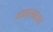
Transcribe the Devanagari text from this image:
भावप्रकाशचा